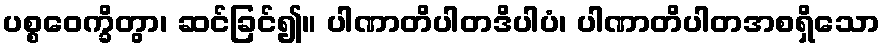
ပစ္စဝေက္ခိတွာ၊ ဆင်ခြင်၍။ ပါဏာတိပါတဒိပါပံ၊ ပါဏာတိပါတအစရှိသော